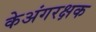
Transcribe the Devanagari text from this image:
केअंगरक्षक